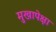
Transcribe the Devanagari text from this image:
मुखापेक्षा